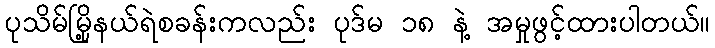
ပုသိမ်မြို့နယ်ရဲစခန်းကလည်း ပုဒ်မ ၁၈ နဲ့ အမှုဖွင့်ထားပါတယ်။